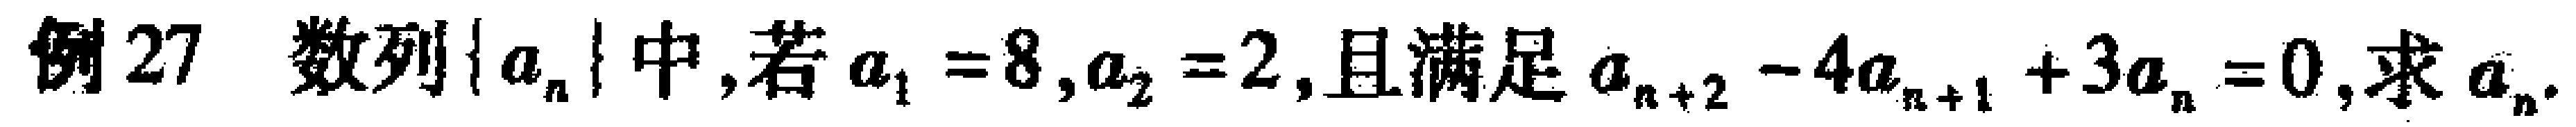
例27 数列\(\{a_{n}\}\)中,若\(a_{1}=8,a_{2}=2\),且满足\(a_{n + 2}-4a_{n + 1}+3a_{n}=0\),求\(a_{n}\).